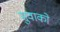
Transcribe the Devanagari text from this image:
सुवाको